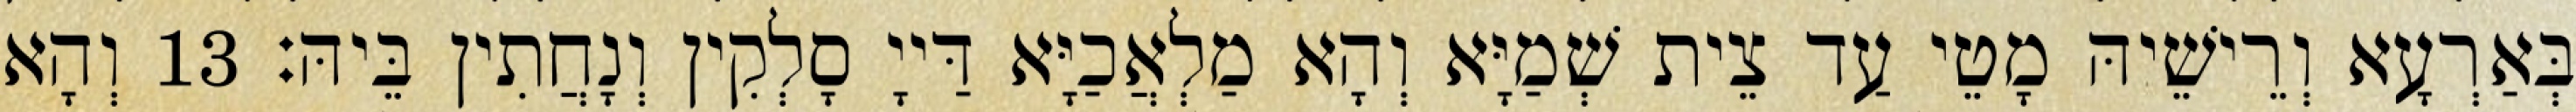
בְּאַרְעָא וְרֵישֵׁיהּ מָטֵי עַד צֵית שְׁמַיָּא וְהָא מַלְאֲכַיָּא דַּייָ סָלְקִין וְנָחֲתִין בֵּיהּ׃ 13 וְהָא